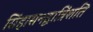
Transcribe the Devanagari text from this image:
सिंहासनद्वात्रिंशति